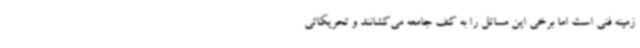
زمینه فنی است اما برخی این مسائل را به کف جامعه می‌کشانند و تحریکاتی